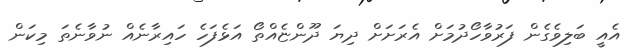
އެއީ ބަލިވެގެން ފަރުވާހޯދުމަށް އެރަށަށް ދިޔަ ދޫންޏެއްތޯ އަޅެފަހެ ހައިރާނެއް ނުވާނެތަ މިކަން